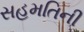
સહમતિની